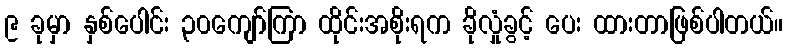
၉ ခုမှာ နှစ်ပေါင်း ၃၀ကျော်ကြာ ထိုင်းအစိုးရက ခိုလှုံခွင့် ပေး ထားတာဖြစ်ပါတယ်။